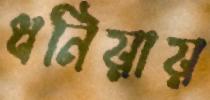
ধনিয়ায়